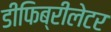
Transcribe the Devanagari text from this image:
डीफिब्रीलेटर